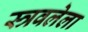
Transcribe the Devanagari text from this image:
स्त्रवलेला